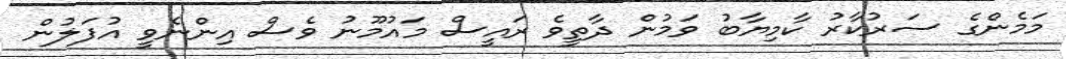
މަމެންގެ ސަރުކާރު ކާމިޔާބު ވަމުން ދާތީވެ ރައީސް މައުމޫނު ވެސް އިންނެވީ އުފަލުން